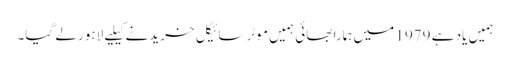
ہمیں یاد ہے 1979 میں ہمارا بھائی ہمیں موٹر سائیکل خریدنے کیلیے لاہور لے گیا۔